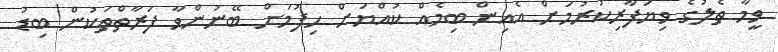
ވީމާ ތެލުގެ ވިޔަފާރިކުރުމަށް އެއިން ބިމެއް ކުއްޔަށް ހިފުމަށް ބޭނުންވާ ފަރާތްތަކުން ބިޑު